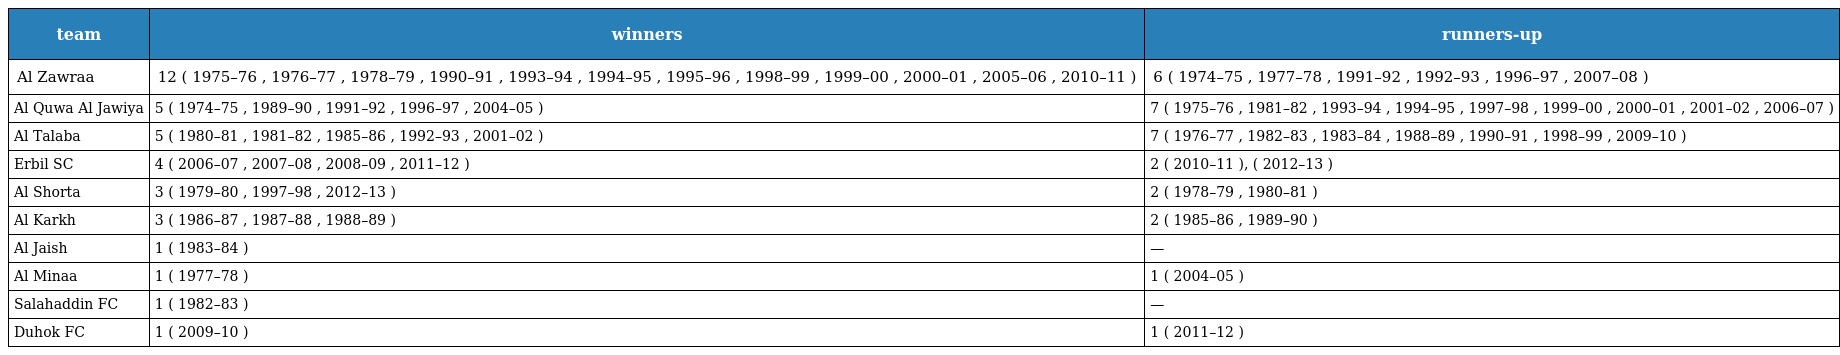
| team | winners | runners-up |
 | --- | --- | --- |
 | Al Zawraa | 12 ( 1975–76 , 1976–77 , 1978–79 , 1990–91 , 1993–94 , 1994–95 , 1995–96 , 1998–99 , 1999–00 , 2000–01 , 2005–06 , 2010–11 ) | 6 ( 1974–75 , 1977–78 , 1991–92 , 1992–93 , 1996–97 , 2007–08 ) |
 | Al Quwa Al Jawiya | 5 ( 1974–75 , 1989–90 , 1991–92 , 1996–97 , 2004–05 ) | 7 ( 1975–76 , 1981–82 , 1993–94 , 1994–95 , 1997–98 , 1999–00 , 2000–01 , 2001–02 , 2006–07 ) |
 | Al Talaba | 5 ( 1980–81 , 1981–82 , 1985–86 , 1992–93 , 2001–02 ) | 7 ( 1976–77 , 1982–83 , 1983–84 , 1988–89 , 1990–91 , 1998–99 , 2009–10 ) |
 | Erbil SC | 4 ( 2006–07 , 2007–08 , 2008–09 , 2011–12 ) | 2 ( 2010–11 ), ( 2012–13 ) |
 | Al Shorta | 3 ( 1979–80 , 1997–98 , 2012–13 ) | 2 ( 1978–79 , 1980–81 ) |
 | Al Karkh | 3 ( 1986–87 , 1987–88 , 1988–89 ) | 2 ( 1985–86 , 1989–90 ) |
 | Al Jaish | 1 ( 1983–84 ) | — |
 | Al Minaa | 1 ( 1977–78 ) | 1 ( 2004–05 ) |
 | Salahaddin FC | 1 ( 1982–83 ) | — |
 | Duhok FC | 1 ( 2009–10 ) | 1 ( 2011–12 ) |